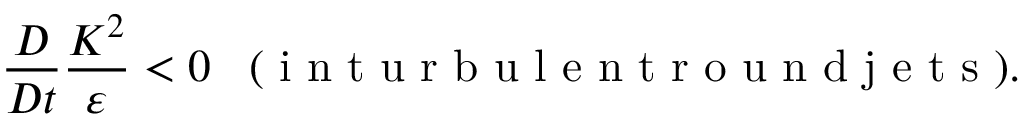
\frac { D } { D t } \frac { K ^ { 2 } } { \varepsilon } < 0 \; \; \; ( \mathrm { ~ i ~ n ~ t ~ u ~ r ~ b ~ u ~ l ~ e ~ n ~ t ~ r ~ o ~ u ~ n ~ d ~ j ~ e ~ t ~ s ~ } ) .